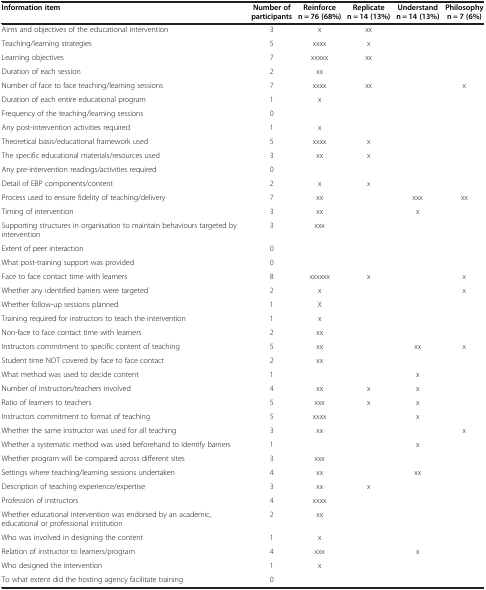
<table><thead><tr><td><b>Information item</b></td><td><b>Number of participants</b></td><td><b>Reinforce n = 76 (68%)</b></td><td><b>Replicate n = 14 (13%)</b></td><td><b>Understand n = 14 (13%)</b></td><td><b>Philosophy n = 7 (6%)</b></td></tr></thead><tbody><tr><td>Aims and objectives of the educational intervention</td><td>3</td><td>x</td><td>xx</td><td> </td><td> </td></tr><tr><td>Teaching/learning strategies</td><td>5</td><td>xxxx</td><td>x</td><td> </td><td> </td></tr><tr><td>Learning objectives</td><td>7</td><td>xxxxx</td><td>xx</td><td> </td><td> </td></tr><tr><td>Duration of each session</td><td>2</td><td>xx</td><td> </td><td> </td><td> </td></tr><tr><td>Number of face to face teaching/learning sessions</td><td>7</td><td>xxxx</td><td>xx</td><td> </td><td>x</td></tr><tr><td>Duration of each entire educational program</td><td>1</td><td>x</td><td> </td><td> </td><td> </td></tr><tr><td>Frequency of the teaching/learning sessions</td><td>0</td><td> </td><td> </td><td> </td><td> </td></tr><tr><td>Any post-intervention activities required</td><td>1</td><td>x</td><td> </td><td> </td><td> </td></tr><tr><td>Theoretical basis/educational framework used</td><td>5</td><td>xxxx</td><td>x</td><td> </td><td> </td></tr><tr><td>The specific educational materials/resources used</td><td>3</td><td>xx</td><td>x</td><td> </td><td> </td></tr><tr><td>Any pre-intervention readings/activities required</td><td>0</td><td> </td><td> </td><td> </td><td> </td></tr><tr><td>Detail of EBP components/content</td><td>2</td><td>x</td><td>x</td><td> </td><td> </td></tr><tr><td>Process used to ensure fidelity of teaching/delivery</td><td>7</td><td>xx</td><td> </td><td>xxx</td><td>xx</td></tr><tr><td>Timing of intervention</td><td>3</td><td>xx</td><td> </td><td>x</td><td> </td></tr><tr><td>Supporting structures in organisation to maintain behaviours targeted by intervention</td><td>3</td><td>xxx</td><td> </td><td> </td><td> </td></tr><tr><td>Extent of peer interaction</td><td>0</td><td> </td><td> </td><td> </td><td> </td></tr><tr><td>What post-training support was provided</td><td>0</td><td> </td><td> </td><td> </td><td> </td></tr><tr><td>Face to face contact time with learners</td><td>8</td><td>xxxxxx</td><td>x</td><td> </td><td>x</td></tr><tr><td>Whether any identified barriers were targeted</td><td>2</td><td>x</td><td> </td><td> </td><td>x</td></tr><tr><td>Whether follow-up sessions planned</td><td>1</td><td>X</td><td> </td><td> </td><td> </td></tr><tr><td>Training required for instructors to teach the intervention</td><td>1</td><td>x</td><td> </td><td> </td><td> </td></tr><tr><td>Non-face to face contact time with learners</td><td>2</td><td>xx</td><td> </td><td> </td><td> </td></tr><tr><td>Instructors commitment to specific content of teaching</td><td>5</td><td>xx</td><td> </td><td>xx</td><td>x</td></tr><tr><td>Student time NOT covered by face to face contact</td><td>2</td><td>xx</td><td> </td><td> </td><td> </td></tr><tr><td>What method was used to decide content</td><td>1</td><td> </td><td> </td><td>x</td><td> </td></tr><tr><td>Number of instructors/teachers involved</td><td>4</td><td>xx</td><td>x</td><td>x</td><td> </td></tr><tr><td>Ratio of learners to teachers</td><td>5</td><td>xxx</td><td>x</td><td>x</td><td> </td></tr><tr><td>Instructors commitment to format of teaching</td><td>5</td><td>xxxx</td><td> </td><td>x</td><td> </td></tr><tr><td>Whether the same instructor was used for all teaching</td><td>3</td><td>xx</td><td> </td><td> </td><td>x</td></tr><tr><td>Whether a systematic method was used beforehand to identify barriers</td><td>1</td><td> </td><td> </td><td>x</td><td> </td></tr><tr><td>Whether program will be compared across different sites</td><td>3</td><td>xxx</td><td> </td><td> </td><td> </td></tr><tr><td>Settings where teaching/learning sessions undertaken</td><td>4</td><td>xx</td><td> </td><td>xx</td><td> </td></tr><tr><td>Description of teaching experience/expertise</td><td>3</td><td>xx</td><td>x</td><td> </td><td> </td></tr><tr><td>Profession of instructors</td><td>4</td><td>xxxx</td><td> </td><td> </td><td> </td></tr><tr><td>Whether educational intervention was endorsed by an academic, educational or professional institution</td><td>2</td><td>xx</td><td> </td><td> </td><td> </td></tr><tr><td>Who was involved in designing the content</td><td>1</td><td>x</td><td> </td><td> </td><td> </td></tr><tr><td>Relation of instructor to learners/program</td><td>4</td><td>xxx</td><td> </td><td>x</td><td> </td></tr><tr><td>Who designed the intervention</td><td>1</td><td>x</td><td> </td><td> </td><td> </td></tr><tr><td>To what extent did the hosting agency facilitate training</td><td>0</td><td> </td><td> </td><td> </td><td> </td></tr></tbody></table>